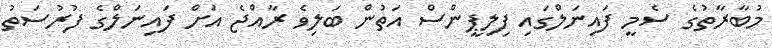
މުބާރާތުގެ ސެމީ ފައިނަލްގައި ފިލިޕީންސް އަތުން ބަލިވެ ރާއްޖެ އަށް ފައިނަލްގެ ފުރުސަތު